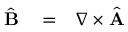
\begin{array} { r l r } { \hat { \bf B } } & { { } = } & { \nabla \times \hat { \bf A } } \end{array}